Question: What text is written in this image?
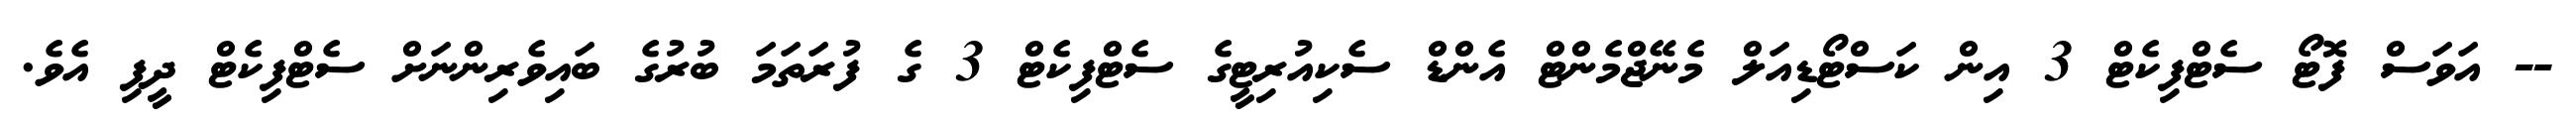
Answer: -- އަވަސް ފޮޓޯ ސެޓްފިކެޓް 3 އިން ކަސްޓޯޑިއަލް މެނޭޖްމެންޓް އެންޑް ސެކިއުރިޓީގެ ސެޓްފިކެޓް 3 ގެ ފުރަތަމަ ބުރުގެ ބައިވެރިންނަށް ސެޓްފިކެޓް ދީފި އެވެ.